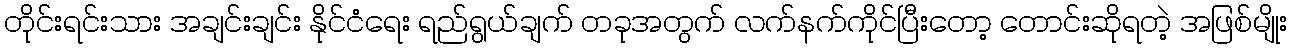
တိုင်းရင်းသား အချင်းချင်း နိုင်ငံရေး ရည်ရွယ်ချက် တခုအတွက် လက်နက်ကိုင်ပြီးတော့ တောင်းဆိုရတဲ့ အဖြစ်မျိုး